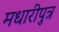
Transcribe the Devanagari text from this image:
मधारीपुत्र